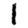
Digit: 1